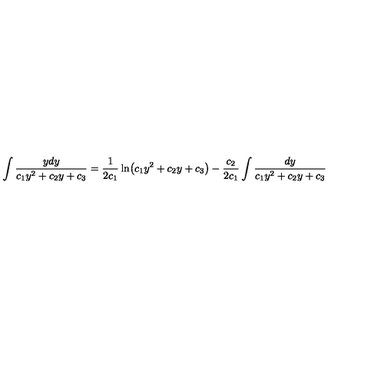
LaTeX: \int \frac { y d y } { c _ { 1 } y ^ { 2 } + c _ { 2 } y + c _ { 3 } } = \frac { 1 } { 2 c _ { 1 } } \ln \bigl ( c _ { 1 } y ^ { 2 } + c _ { 2 } y + c _ { 3 } \bigr ) - \frac { c _ { 2 } } { 2 c _ { 1 } } \int \frac { d y } { c _ { 1 } y ^ { 2 } + c _ { 2 } y + c _ { 3 } }